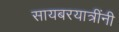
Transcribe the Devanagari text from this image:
सायबरयात्रींनी